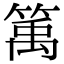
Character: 𥯔